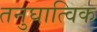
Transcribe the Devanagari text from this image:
तनुघात्विक